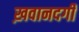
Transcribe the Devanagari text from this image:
ख़वानदगी